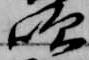
吹